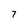
Character: 7